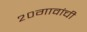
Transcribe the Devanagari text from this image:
२०गावांची